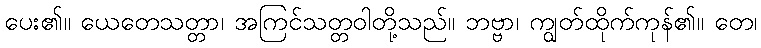
ပေး၏။ ယေတေသတ္တာ၊ အကြင်သတ္တဝါတို့သည်။ ဘဗ္ဗာ၊ ကျွတ်ထိုက်ကုန်၏။ တေ၊